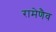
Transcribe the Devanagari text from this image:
रामेणैव